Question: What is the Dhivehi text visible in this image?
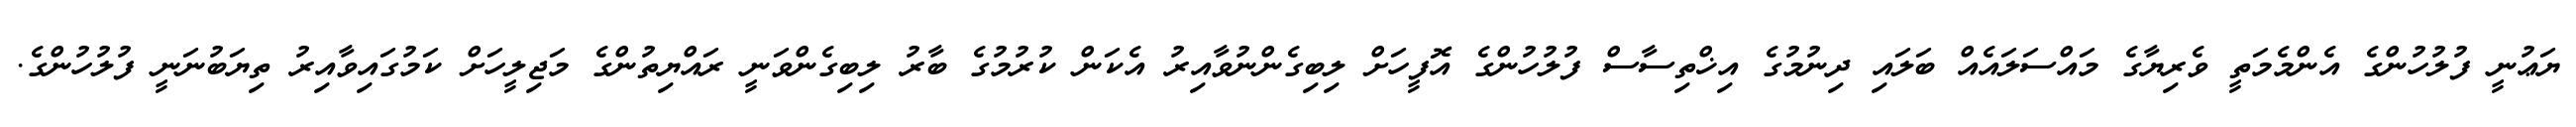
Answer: ޔަޢުނީ ފުލުހުންގެ އެންމެމަތީ ވެރިޔާގެ މައްސަލައެއް ބަލައި ދިނުމުގެ އިޚްތިސާސް ފުލުހުންގެ އޮފީހަށް ލިބިގެންނުވާއިރު އެކަން ކުރުމުގެ ބާރު ލިބިގެންވަނީ ރައްޔިތުންގެ މަޖިލީހަށް ކަމުގައިވާއިރު ތިޔަބުނަނީ ފުލުހުންގެ.